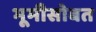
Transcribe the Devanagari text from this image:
भूमीसोबत